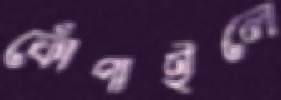
ফোঁপাইলে